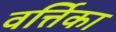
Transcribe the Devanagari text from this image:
वर्त्तिका